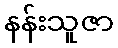
နန်းသူဇာ